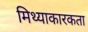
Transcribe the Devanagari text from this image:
मिथ्याकारकता